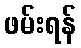
ဖမ်းရန်